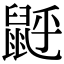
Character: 𪕉